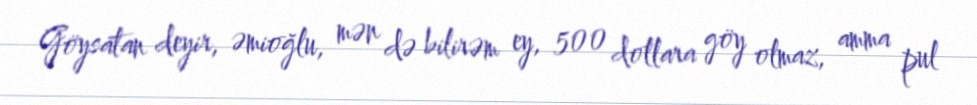
Göysatan deyir, əmioğlu, mən də bilirəm ey, 500 dollara göy olmaz, amma pul